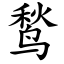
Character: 鹙